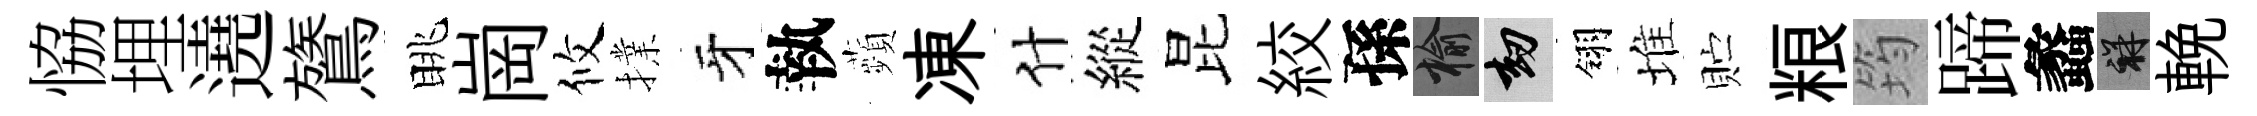
恊埋遶鷟眺崗攸擈牙執蘋凍什縱昆絞孫榆劫翎堆贮粮筠蹄蠡祥輓